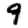
Digit: 9